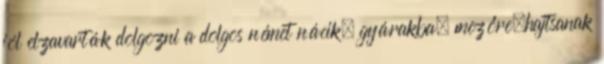
jól elzavarták dolgozni a dolgos német nácik, gyárakba, mezőre.hajtsanak